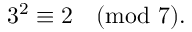
3 ^ { 2 } \equiv 2 { \pmod { 7 } } .